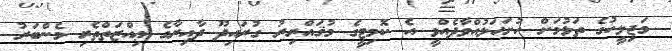
މަޖިލީހުގެ ތަޅުމަށް ހުށަހަޅުއްވާދެއްވީ އެ ކޮމިޓީގެ މުޤައްރިރު ގުރައިދޫ ދާއިރާގެ ޢިއްޒަތްތެރި މެންބަރު